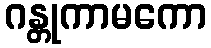
ဂန္တုကာမကော